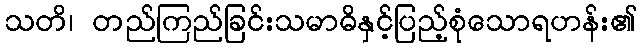
သတိ၊ တည်ကြည်ခြင်းသမာဓိနှင့်ပြည့်စုံသောရဟန်း၏